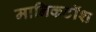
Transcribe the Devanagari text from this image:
मानिकटॉश